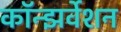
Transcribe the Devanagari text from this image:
कॉन्झर्वेशन